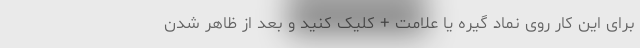
برای این کار روی نماد گیره یا علامت + کلیک کنید و بعد از ظاهر شدن